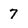
Character: 7